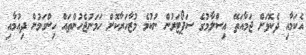
އެކަމާއި ދެކޮޅަށް ޖަމާއަތޭ އިސްލާމުގެ ސަޕޯޓަރުން ނުކުމެ މުޒާހަރާކޮށް ހަމަނުޖެހުންތައް ހިންގަމުން ދިއުމާއި